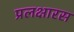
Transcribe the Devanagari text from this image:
प्रलक्षारस